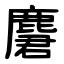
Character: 麏